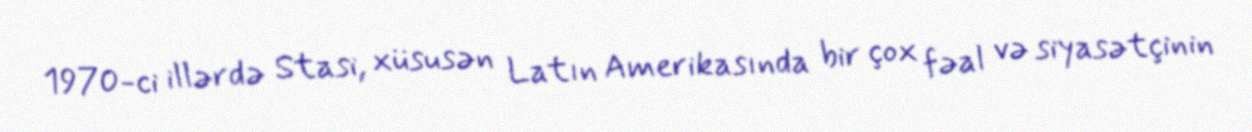
1970-ci illərdə Stasi, xüsusən Latın Amerikasında bir çox fəal və siyasətçinin